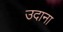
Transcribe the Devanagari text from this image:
उदाना